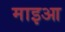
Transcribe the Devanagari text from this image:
माइआ